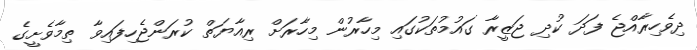
ދިވެހިރާއްޖެ ފަދަ ކުދި ޖަޒީރާ ގައުމުތަކުގައި މިހާރުން މިހާރަށް ރިއާޔަތް ކުރަންޖެހިފައިވާ ތިމާވެށީގެ